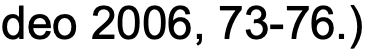
deo 2006, 73-76.)